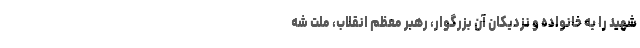
شهید را به خانواده و نزدیکان آن بزرگوار، رهبر معظم انقلاب، ملت شه